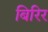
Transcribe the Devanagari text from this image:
बिरिर